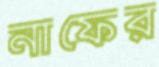
নাফের